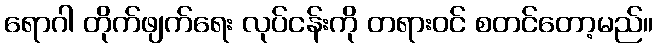
ရောဂါ တိုက်ဖျက်ရေး လုပ်ငန်းကို တရားဝင် စတင်တော့မည်။